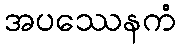
အပဿေနကံ